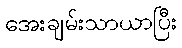
အေးချမ်းသာယာပြီး